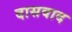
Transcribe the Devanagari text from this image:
दासवाद